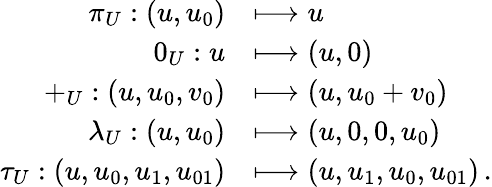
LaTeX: \begin{array}{rl}{{\pi}_{U}:(u,u_{0})}&{\longmapsto u}\\ {{0}_{U}:u}&{\longmapsto(u,0)}\\ {{+}_{U}:(u,u_{0},v_{0})}&{\longmapsto(u,u_{0}+v_{0})}\\ {{\lambda}_{U}:(u,u_{0})}&{\longmapsto(u,0,0,u_{0})}\\ {{\tau}_{U}:(u,u_{0},u_{1},u_{01})}&{\longmapsto(u,u_{1},u_{0},u_{01})\, .}\end{array}